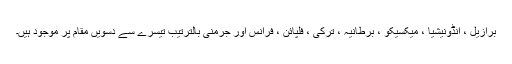
برازیل ، انڈونیشیا ، میکسیکو ، برطانیہ ، ترکی ، فلپائن ، فرانس اور جرمنی بالترتیب تیسرے سے دسویں مقام پر موجود ہیں۔